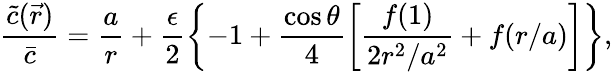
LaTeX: \frac{\tilde{c}(\vec{r})}{\bar{c}}=\frac{a}{r}+\frac{\epsilon}{2}\left\{ -1+\frac{\cos\theta}{4}\left[\frac{f(1)}{2r^{2}/a^{2}}+f(r/a)\right]\right\} ,